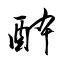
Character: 酔